Insane asylums in Bengal annual reports 1876-1887 - 1876-1887
Year: 1876
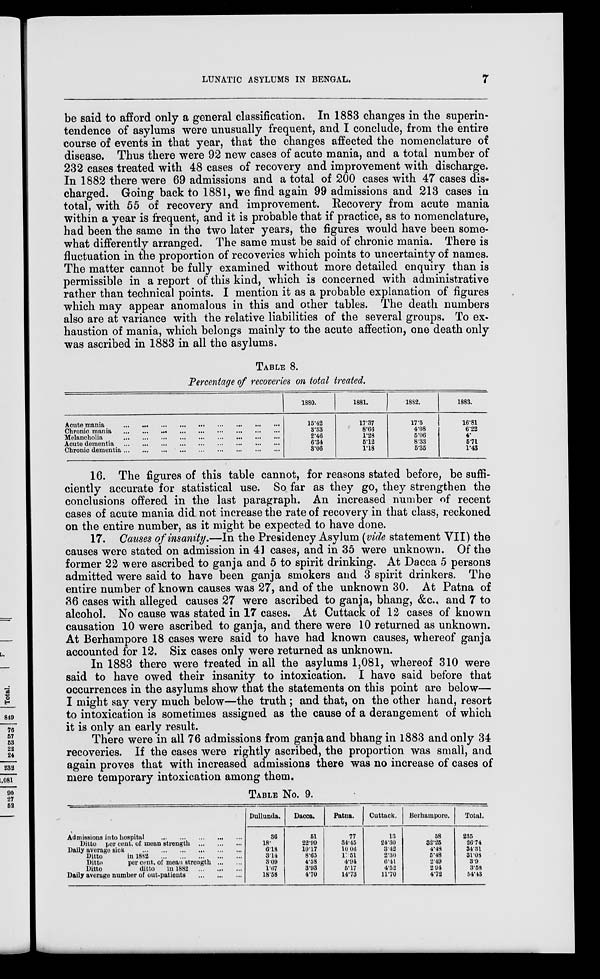
LUNATIC ASYLUMS IN BENGAL.
7
be said to afford only a general classification. In 1883 changes in the superin-
tendence of asylums were unusually frequent, and I conclude, from the entire
course of events in that year, that the changes affected the nomenclature of
disease. Thus there were 92 new cases of acute mania, and a total number of
232 cases treated with 48 cases of recovery and improvement with discharge.
In 1882 there were 69 admissions and a total of 200 cases with 47 cases dis-
charged. Going back to 1881, we find again 99 admissions and 213 cases in
total, with 55 of recovery and improvement. Recovery from acute mania
within a year is frequent, and it is probable that if practice, as to nomenclature,
had been the same in the two later years, the figures would have been some-
what differently arranged. The same must be said of chronic mania. There is
fluctuation in the proportion of recoveries which points to uncertainty of names.
The matter cannot be fully examined without more detailed enquiry than is
permissible in a report of this kind, which is concerned with administrative
rather than technical points. I mention it as a probable explanation of figures
which may appear anomalous in this and other tables. The death numbers
also are at variance with the relative liabilities of the several groups. To ex-
haustion of mania, which belongs mainly to the acute affection, one death only
was ascribed in 1883 in all the asylums.
TABLE 8.
Percentage of recoveries on total treated.
Acute mania ... ... ... ... ... ... ... ... ...
Chronic mania
...
...
...
...
...
...
...
...
...
Melancholia ... ... ... ... ... ... ... ... ...
Acute dementia
...
...
...
...
...
...
...
...
...
Chronic dementia
...
...
...
...
...
...
...
...
...
1880.
15.42
3.33
2.46
6.34
3.06
1881.
17.37
8.66
1.28
5.12
1.18
1882.
17.5
4.08
5.06
8.33
5.35
1883.
16.81
6.22
4.
5.71
1.43
16. The figures of this table cannot, for reasons stated before, be suffi-
ciently accurate for statistical use. So far as they go, they strengthen the
conclusions offered in the last paragraph. An increased number of recent
cases of acute mania did not increase the rate of recovery in that class, reckoned
on the entire number, as it might be expected to have done.
17. Causes of insanity.—In the Presidency Asylum (vide statement VII) the
causes were stated on admission in 41 cases, and in 35 were unknown. Of the
former 22 were ascribed to ganja and 5 to spirit drinking. At Dacca 5 persons
admitted were said to have been ganja smokers and 3 spirit drinkers. The
entire number of known causes was 27, and of the unknown 30. At Patna of
36 cases with alleged causes 27 were ascribed to ganja, bhang, &c., and 7 to
alcohol. No cause was stated in 17 cases. At Cuttack of 12 cases of known
causation 10 were ascribed to ganja, and there were 10 returned as unknown.
At Berhampore 18 cases were said to have had known causes, whereof ganja
accounted for 12. Six cases only were returned as unknown.
In 1883 there were treated in all the asylums 1,081, whereof 310 were
said to have owed their insanity to intoxication. I have said before that
occurrences in the asylums show that the statements on this point are below—
I might say very much below—the truth ; and that, on the other hand, resort
to intoxication is sometimes assigned as the cause of a derangement of which
it is only an early result.
There were in all 76 admissions from ganja and bhang in 1883 and only 34
recoveries. If the cases were rightly ascribed, the proportion was small, and
again proves that with increased admissions there was no increase of cases of
mere temporary intoxication among them.
TABLE No. 9.
Admissions into hospital
...
...
...
...
...
Ditto per cent. of mean strength
...
...
...
Daily average sick
...
...
...
...
...
...
Ditto
in 1882
...
...
...
...
...
Ditto
per cent. of mean strength
... ...
Ditto
ditto
in 1882 ... ... ...
Daily average number of out-patients
...
...
...
Dullunda.
36
18.
6.18
3.14
3.09
1.67
18.58
Dacca.
51
22.99
10.17
8.65
4.58
3.93
4.70
Patna.
77
34.45
10.06
11.51
4.94
5.17
14.73
Cuttack.
13
24.30
3.42
2.30
6.41
4.52
11.70
Berhampore.
58
32.25
4.48
5.48
2.49
2.94
4.72
Total.
235
26.74
34.31
31.08
3.9
3.58
54.43